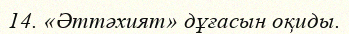
14. «Әттәхият» дұғасын оқиды.